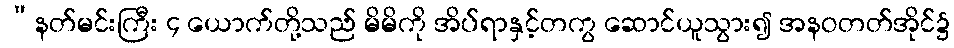
“နတ်မင်းကြီး ၄ ယောက်တို့သည် မိမိကို အိပ်ရာနှင့်တကွ ဆောင်ယူသွား၍ အနဝတတ်အိုင်၌